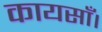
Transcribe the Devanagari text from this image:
कायसाँ।